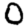
Digit: 0